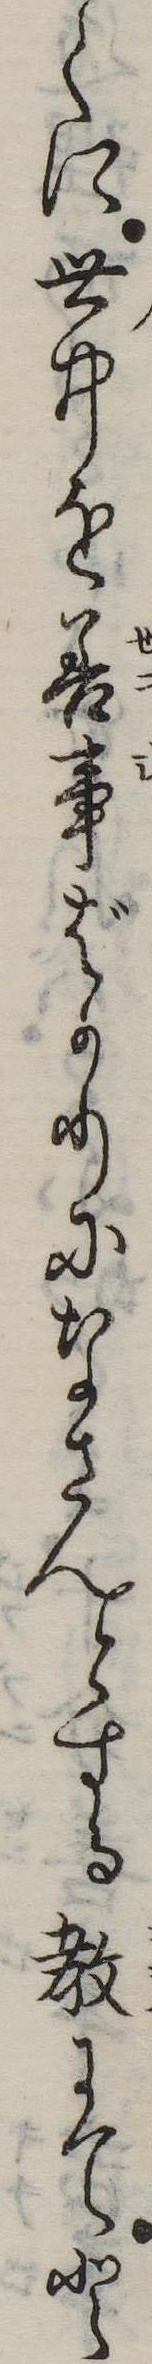
くに世中を善事ばかりになさんとする教にてと